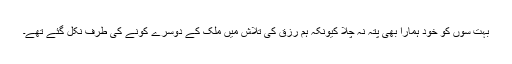
بہت سوں کو خود ہمارا بھی پتہ نہ چلا کیونکہ ہم رزق کی تلاش میں ملک کے دوسرے کونے کی طرف نکل گئے تھے۔